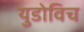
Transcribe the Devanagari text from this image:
युडोविच